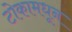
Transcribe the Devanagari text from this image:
टोकामधून